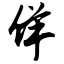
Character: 佯